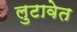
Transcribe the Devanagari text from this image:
लुटावेत